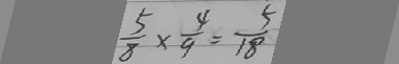
\frac { 5 } { 8 } \times \frac { 4 } { 9 } = \frac { 5 } { 1 8 }